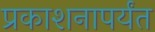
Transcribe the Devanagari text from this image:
प्रकाशनापर्यंत